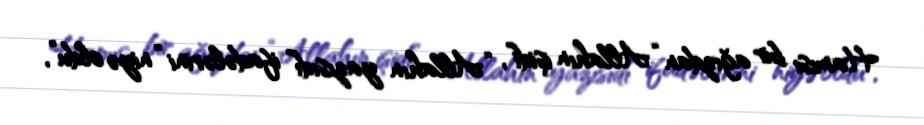
Hamısı bir ağızdan “Allahın işidi”, “Allahın yazısıdı” ifadələrini “niyə oldu”,